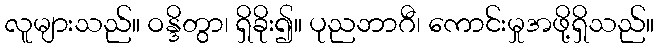
လူများသည်။ ဝန္ဒိတွာ၊ ရှိခိုး၍။ ပုညဘာဂီ၊ ကောင်းမှုအဖို့ရှိသည်။